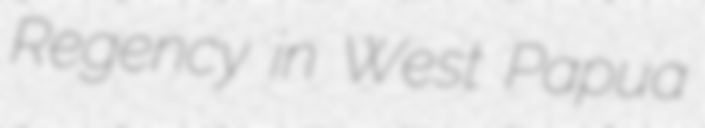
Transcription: Regency in West Papua